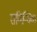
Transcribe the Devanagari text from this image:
सविन्धिक